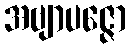
အဗျာပဇ္ဇော